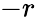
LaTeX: -r